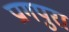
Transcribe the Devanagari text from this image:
प्रागपुरा